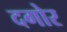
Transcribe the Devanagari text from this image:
दगोर